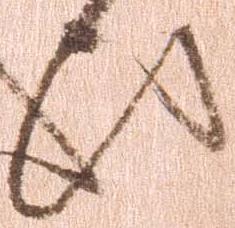
ひ